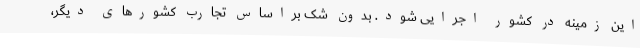
این زمینه در کشور اجرایی شود. بدون شک براساس تجارب کشورهای دیگر،